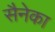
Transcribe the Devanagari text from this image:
सैनेका